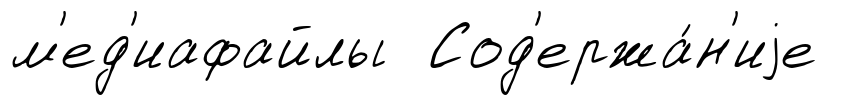
м'ед'иафайлы Сод'ержа́н'иjе